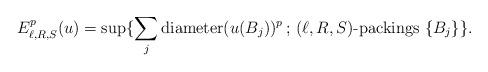
LaTeX: \begin{align*}E_{\ell,R,S}^{p}(u)=\sup\{\sum_{j}\mathrm{diameter}(u(B_j))^p \,;\,(\ell,R,S)\textrm{-packings }\{B_j\}\}.\end{align*}